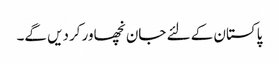
پاکستان کے لئے جان نچھاور کردیں گے۔